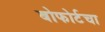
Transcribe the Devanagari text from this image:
बोफोर्टचा